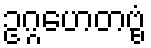
ဥဂ္ဂဟေတဗ္ဗံ